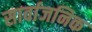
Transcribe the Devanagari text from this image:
सार्वाजनिक